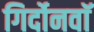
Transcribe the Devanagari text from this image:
गिर्दोनवाॅ